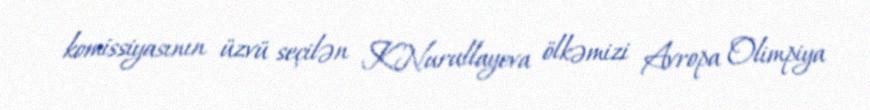
komissiyasının üzvü seçilən K.Nurullayeva ölkəmizi Avropa Olimpiya